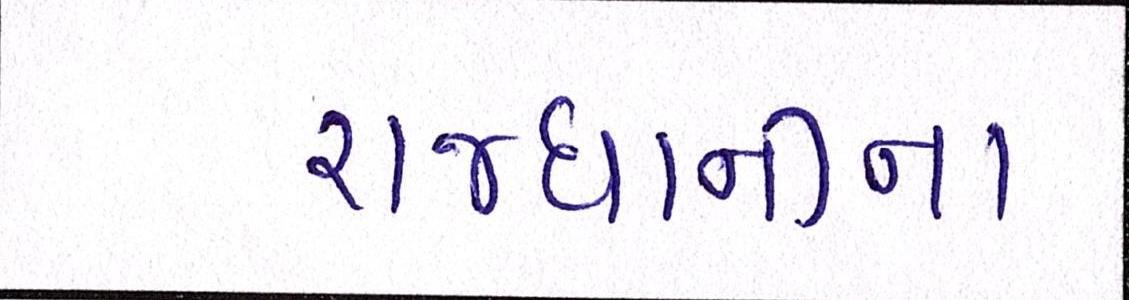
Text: રાજધાનીના